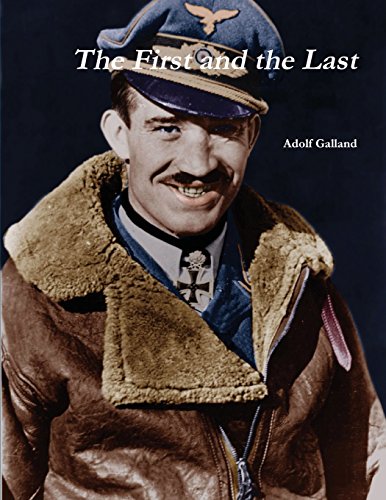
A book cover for The First and the Last; Adolf Galland; History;